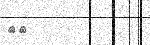
١٠